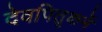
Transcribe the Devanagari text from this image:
देवपितृकर्मे